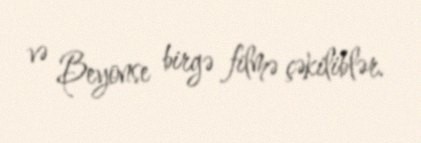
və Beyonse birgə filmə çəkiliblər.